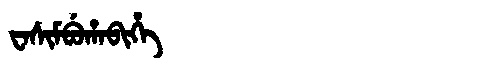
Manchu: ᠸᠠᠰᡳᠮᠪᡠᡥᠠᠪᡳᡥᡝ
Romanization: WASIMBUHABIHE